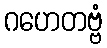
ဂဟေတဗ္ဗံ